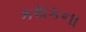
કથકના